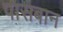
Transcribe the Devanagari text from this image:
पासबान